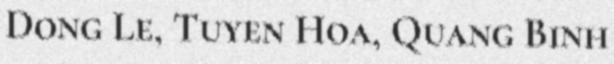
Dong Le, Tuyen Hoa, Quang Binh